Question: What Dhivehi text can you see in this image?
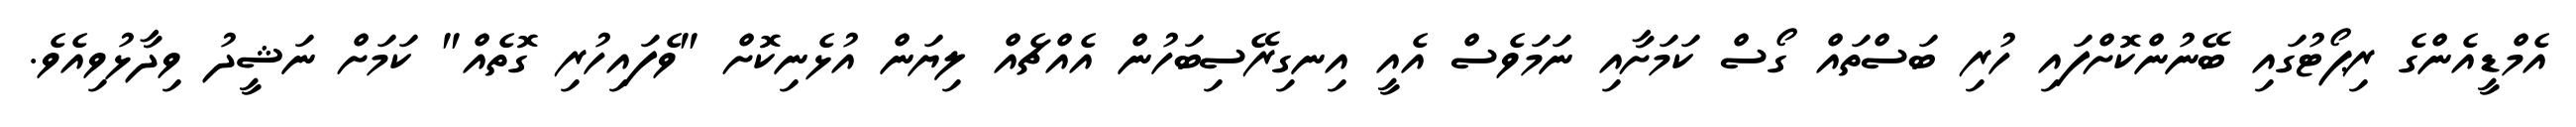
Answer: އެމްޑީއެންގެ ރިޕޯޓުގައި ބޭނުންކޮށްފައި ހުރި ބަސްތައް ގޯސް ކަމަށާއި ނަމަވެސް އެއީ އިނގިރޭސިބަހުން އެއްޗެއް ލިޔަން އުޅެނިކޮށް "ވެފައިހުރި ގޮތެއް" ކަމަށް ނަޝީދު ވިދާޅުވިއެވެ.